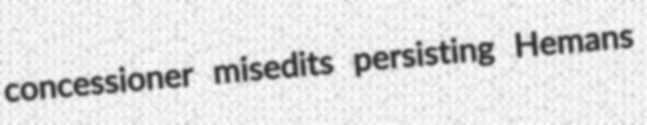
concessioner misedits persisting Hemans